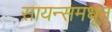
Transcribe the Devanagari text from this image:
सायन्समधून